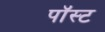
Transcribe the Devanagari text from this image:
पॉस्ट